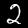
Digit: 2